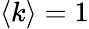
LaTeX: \langle k\rangle=1